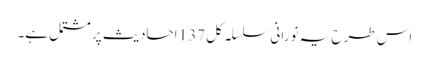
اس طرح یہ نورانی سلسلہ کل 137 احادیث پر مشتمل ہے۔